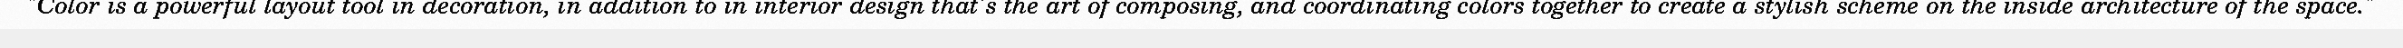
"Color is a powerful layout tool in decoration, in addition to in interior design that's the art of composing, and coordinating colors together to create a stylish scheme on the inside architecture of the space."